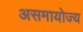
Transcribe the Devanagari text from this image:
असमायोज्य